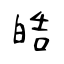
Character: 皓